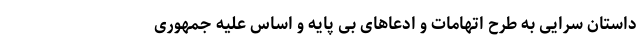
داستان سرایی به طرح اتهامات و ادعاهای بی پایه و اساس علیه جمهوری